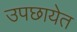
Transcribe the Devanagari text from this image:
उपछायेत